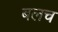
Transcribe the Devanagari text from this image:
बलच